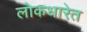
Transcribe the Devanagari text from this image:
लोकधारेत